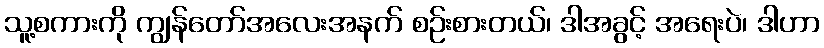
သူ့စကားကို ကျွန်တော်အလေးအနက် စဉ်းစားတယ်၊ ဒါအခွင့် အရေးပဲ၊ ဒါဟာ